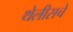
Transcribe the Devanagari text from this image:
थेलीसचे